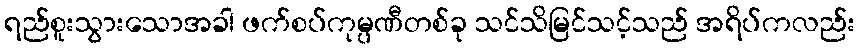
ရည်စူးသွားသောအခါ ဖက်စပ်ကုမ္ပဏီတစ်ခု သင်သိမြင်သင့်သည် အရိပ်ကလည်း